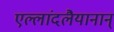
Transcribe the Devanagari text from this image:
एल्लांदलैयानान्